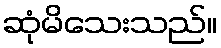
ဆုံမိသေးသည်။